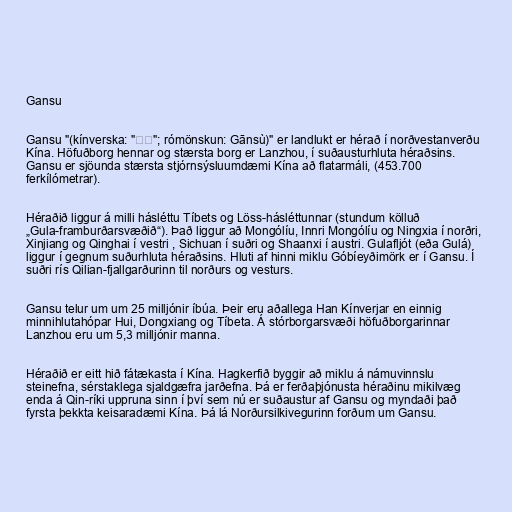
Gansu

Gansu "(kínverska: "甘肃"; rómönskun: Gānsù)" er landlukt er hérað í norðvestanverðu
Kína. Höfuðborg hennar og stærsta borg er Lanzhou, í suðausturhluta héraðsins.
Gansu er sjöunda stærsta stjórnsýsluumdæmi Kína að flatarmáli, (453.700
ferkílómetrar).

Héraðið liggur á milli hásléttu Tíbets og Löss-hásléttunnar (stundum kölluð
„Gula-framburðarsvæðið“). Það liggur að Mongólíu, Innri Mongólíu og Ningxia í norðri,
Xinjiang og Qinghai í vestri , Sichuan í suðri og Shaanxi í austri. Gulafljót (eða Gulá)
liggur í gegnum suðurhluta héraðsins. Hluti af hinni miklu Góbíeyðimörk er í Gansu. Í
suðri rís Qilian-fjallgarðurinn til norðurs og vesturs.

Gansu telur um um 25 milljónir íbúa. Þeir eru aðallega Han Kínverjar en einnig
minnihlutahópar Hui, Dongxiang og Tíbeta. Á stórborgarsvæði höfuðborgarinnar
Lanzhou eru um 5,3 milljónir manna.

Héraðið er eitt hið fátækasta í Kína. Hagkerfið byggir að miklu á námuvinnslu
steinefna, sérstaklega sjaldgæfra jarðefna. Þá er ferðaþjónusta héraðinu mikilvæg
enda á Qin-ríki uppruna sinn í því sem nú er suðaustur af Gansu og myndaði það
fyrsta þekkta keisaradæmi Kína. Þá lá Norðursilkivegurinn forðum um Gansu.